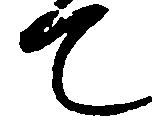
て